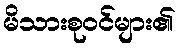
မိသားစုဝင်များ၏